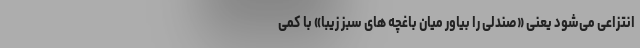
انتزاعی می‌شود یعنی «صندلی را بیاور میان باغچه های سبز زیبا» با کمی